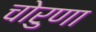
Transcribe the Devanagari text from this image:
चोरुणा